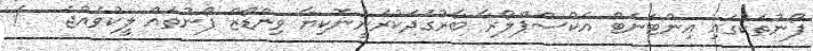
ފޯނުތަކުގައި އިންޓަނެޓް އެކްސްޕްލޯރާ ބާރުގަދަކުރަނީނޮކިޔާ ވިންޑޯޒް ފޯނުތައް ލީކުވެއްޖެ   !